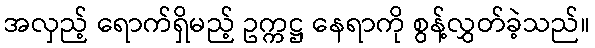
အလှည့် ရောက်ရှိမည့် ဥက္ကဋ္ဌ နေရာကို စွန့်လွှတ်ခဲ့သည်။